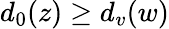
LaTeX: {d_{0}(z)\geq d_{v}(w)}